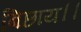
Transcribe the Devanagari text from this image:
बिछाय।।